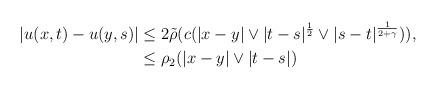
LaTeX: \begin{align*} |u(x,t)-u(y,s)|&\le 2 \tilde\rho(c(|x-y|\vee |t-s|^{\frac 12}\vee |s-t|^{\frac{1}{2+\gamma}})),\\ &\le \rho_2(|x-y|\vee |t-s|) \end{align*}